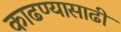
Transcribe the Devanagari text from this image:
काढण्यासाढी